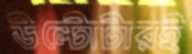
উল্টোটারই